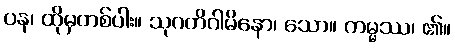
ပန၊ ထိုမှတစ်ပါး။ သုဂတိဂါမိနော၊ သော။ ကမ္မဿ၊ ၏။